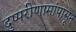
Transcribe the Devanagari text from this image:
दुष्परीणामांपासून